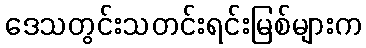
ဒေသတွင်းသတင်းရင်းမြစ်များက